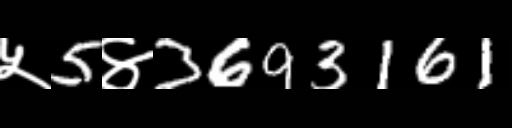
Text: ५5४3693161